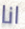
انا